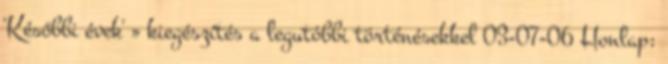
'Későbbi évek' » kiegészítés a legutóbbi történésekkel 03-07-06 Honlap: